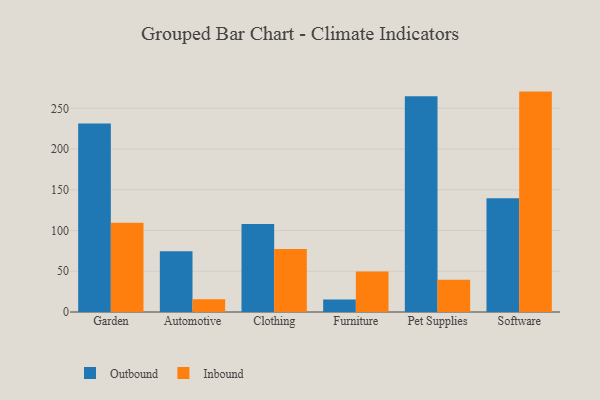
{"axis": {"x": "Category", "y": "Tickets Resolved"}, "legend": ["Inbound", "Outbound"], "data": [{"x": "Garden", "y": 231.2, "type": "Outbound"}, {"x": "Garden", "y": 109.5, "type": "Inbound"}, {"x": "Automotive", "y": 74.5, "type": "Outbound"}, {"x": "Automotive", "y": 15.6, "type": "Inbound"}, {"x": "Clothing", "y": 108.0, "type": "Outbound"}, {"x": "Clothing", "y": 77.3, "type": "Inbound"}, {"x": "Furniture", "y": 15.3, "type": "Outbound"}, {"x": "Furniture", "y": 49.8, "type": "Inbound"}, {"x": "Pet Supplies", "y": 264.8, "type": "Outbound"}, {"x": "Pet Supplies", "y": 39.7, "type": "Inbound"}, {"x": "Software", "y": 139.6, "type": "Outbound"}, {"x": "Software", "y": 270.5, "type": "Inbound"}]}